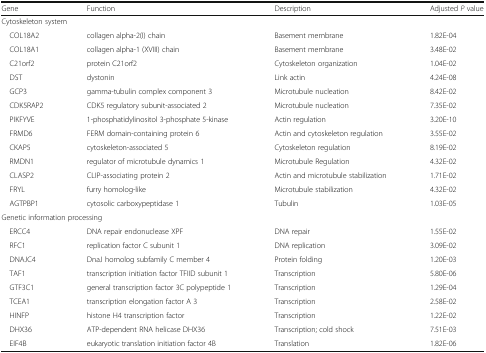
| Gene | Function | Description | Adjusted P value |
 | --- | --- | --- | --- |
 | <COLSPAN=4> Cytoskeleton system |
 | COL18A2 | collagen alpha-2(I) chain | Basement membrane | 1.82E-04 |
 | COL18A1 | collagen alpha-1 (XVIII) chain | Basement membrane | 3.48E-02 |
 | C21orf2 | protein C21orf2 | Cytoskeleton organization | 1.04E-02 |
 | DST | dystonin | Link actin | 4.24E-08 |
 | GCP3 | gamma-tubulin complex component 3 | Microtubule nucleation | 8.42E-02 |
 | CDK5RAP2 | CDK5 regulatory subunit-associated 2 | Microtubule nucleation | 7.35E-02 |
 | PIKFYVE | 1-phosphatidylinositol 3-phosphate 5-kinase | Actin regulation | 3.20E-10 |
 | FRMD6 | FERM domain-containing protein 6 | Actin and cytoskeleton regulation | 3.55E-02 |
 | CKAP5 | cytoskeleton-associated 5 | Cytoskeleton regulation | 8.19E-02 |
 | RMDN1 | regulator of microtubule dynamics 1 | Microtubule Regulation | 4.32E-02 |
 | CLASP2 | CLIP-associating protein 2 | Actin and microtubule stabilization | 1.71E-02 |
 | FRYL | furry homolog-like | Microtubule stabilization | 4.32E-02 |
 | AGTPBP1 | cytosolic carboxypeptidase 1 | Tubulin | 1.03E-05 |
 | <COLSPAN=4> Genetic information processing |
 | ERCC4 | DNA repair endonuclease XPF | DNA repair | 1.55E-02 |
 | RFC1 | replication factor C subunit 1 | DNA replication | 3.09E-02 |
 | DNAJC4 | DnaJ homolog subfamily C member 4 | Protein folding | 1.20E-03 |
 | TAF1 | transcription initiation factor TFIID subunit 1 | Transcription | 5.80E-06 |
 | GTF3C1 | general transcription factor 3C polypeptide 1 | Transcription | 1.29E-04 |
 | TCEA1 | transcription elongation factor A 3 | Transcription | 2.58E-02 |
 | HINFP | histone H4 transcription factor | Transcription | 1.22E-02 |
 | DHX36 | ATP-dependent RNA helicase DHX36 | Transcription; cold shock | 7.51E-03 |
 | EIF4B | eukaryotic translation initiation factor 4B | Translation | 1.82E-06 |